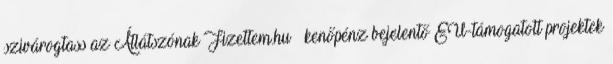
szivárogtass az Átlátszónak Fizettem.hu – kenőpénz bejelentő EU-támogatott projektek